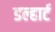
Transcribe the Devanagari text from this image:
डल्हार्ट